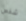
شخص